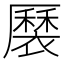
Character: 𧝏